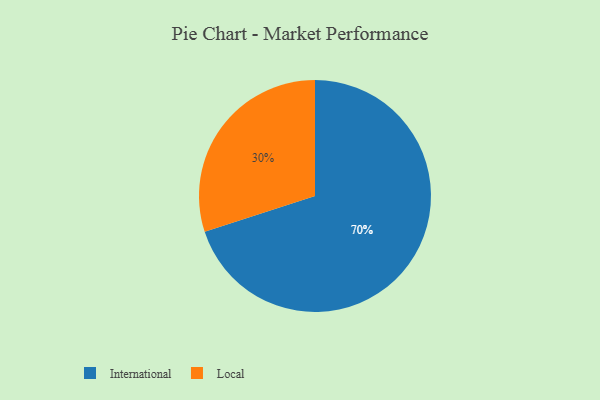
{"axis": {"x": "Category", "y": "Percentage"}, "legend": ["International", "Local"], "data": [{"x": "Local", "y": 30, "type": "Local"}, {"x": "International", "y": 70, "type": "International"}]}